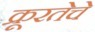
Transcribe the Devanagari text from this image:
क्रूरतेचे